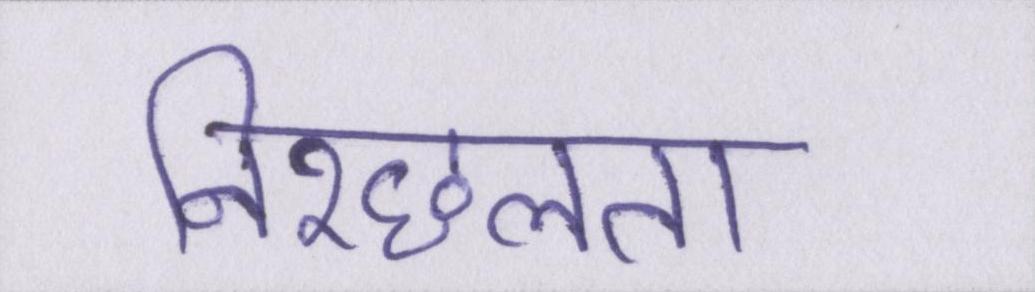
निश्छलता